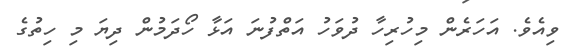
ވިއެވެ. އަހަރެން މިހުރިހާ ދުވަހު އަތްފުނަ އަޅާ ހޯދަމުން ދިޔަ މި ހިތުގެ